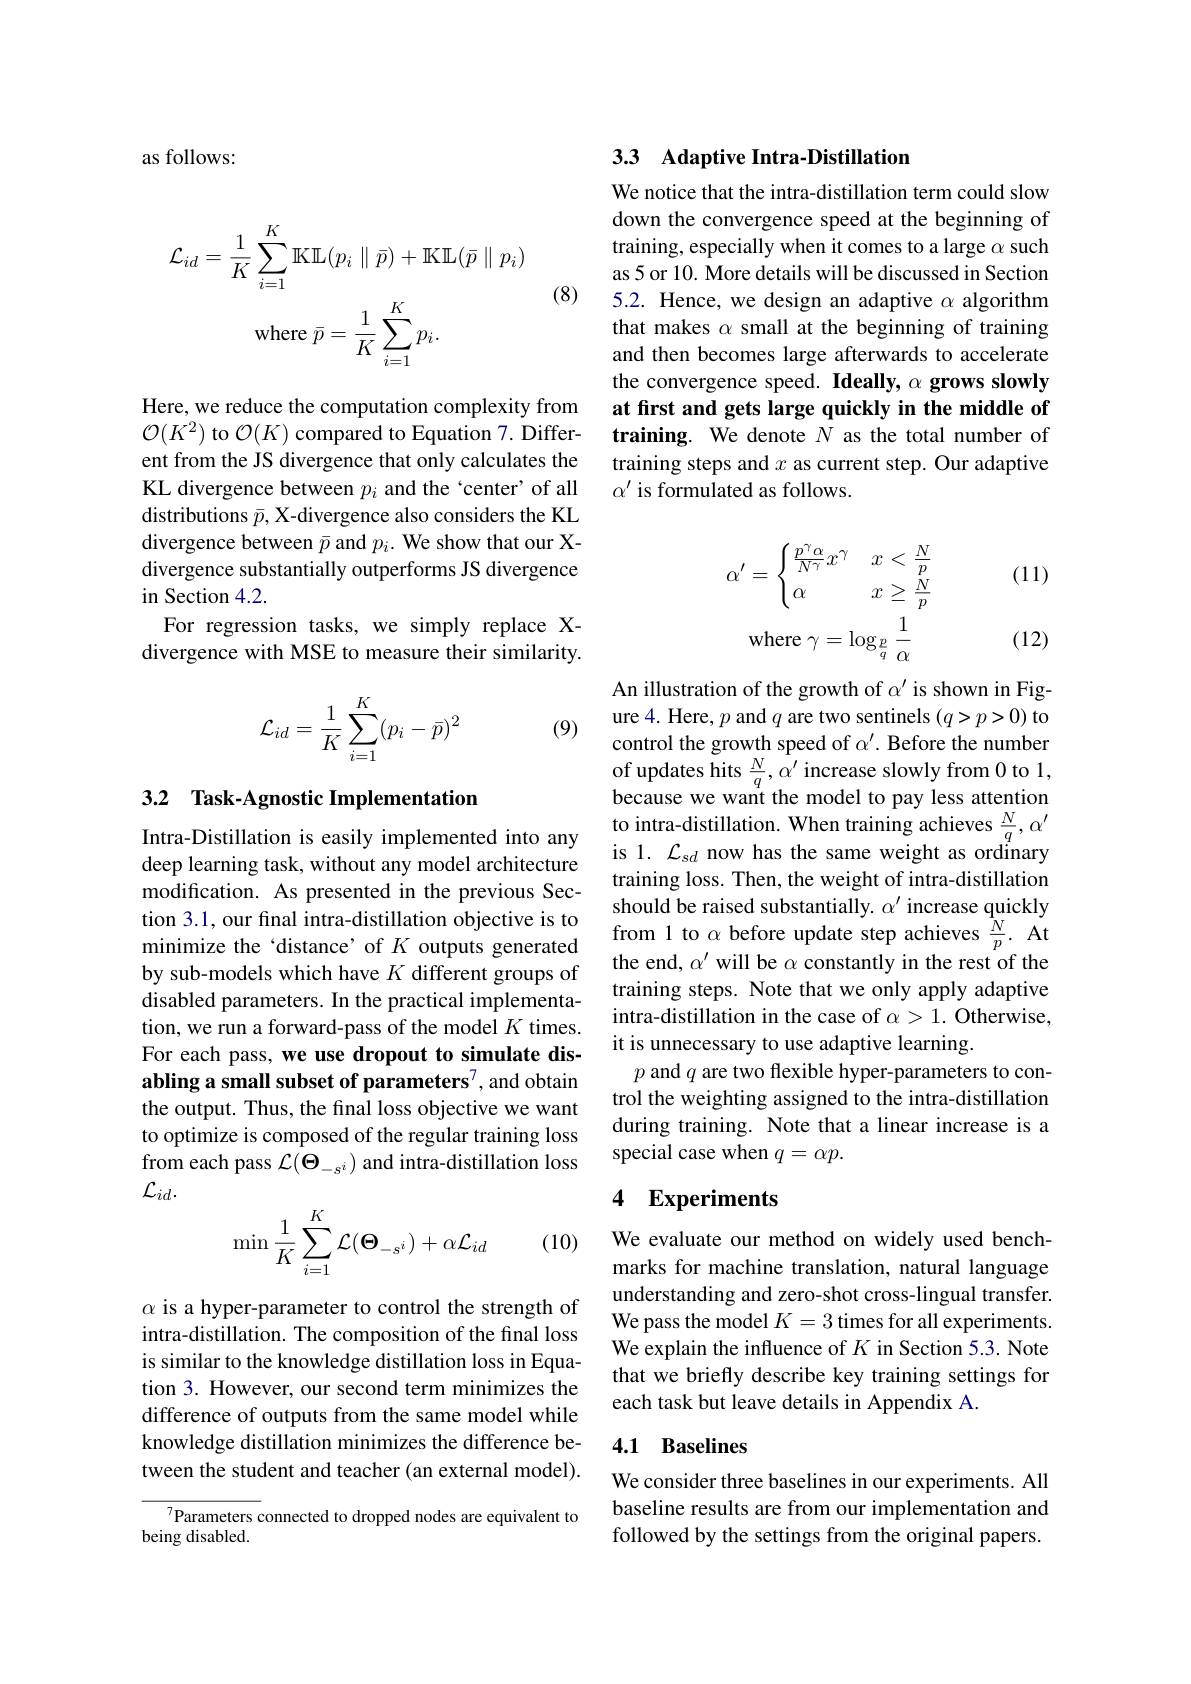
as follows:

(8)
$$\mathcal{L}_{id}=\frac{1}{K}\sum_{i=1}^{K}\mathbb{K}\mathbb{L}(p_{i}\parallel\bar{p})+\mathbb{K}\mathbb{L}(\bar{p}\parallel p_{i})\\\mathrm{where~}\bar{p}=\frac{1}{K}\sum_{i=1}^{K}p_{i}.$$
Here, we reduce the computation complexity from $\mathcal{O}(K^{2})$ to $\mathcal{O}(K)$ compared to Equation 7. Different from the JS divergence that only calculates the KL divergence between $p_i$ and the `center' of all distributions $\bar{p}$, X-divergence also considers the KL divergence between $\bar{p}$ and $p_i.$ We show that our Xdivergence substantially outperforms JS divergence in Section 4.2.
For regression tasks, we simply replace Xdivergence with MSE to measure their similarity.

(9)
$$\mathcal{L}_{id}=\dfrac{1}{K}\sum_{i=1}^{K}(p_i-\bar{p})^2$$
## 3.2 Task-Agnostic Implementation

Intra-Distillation is easily implemented into any deep learning task, without any model architecture modification. As presented in the previous Section 3.1, our fnal intra-distillation objective is to minimize the ‘distance’ of $K$ outputs generated by sub-models which have $K$ different groups of disabled parameters. In the practical implementation, we run a forward-pass of the model $K$ times. For each pass, we use dropout to simulate disabling a small subset of parameters$^{7}$, and obtain the output. Thus, the final loss objective we want to optimize is composed of the regular training loss from each pass $\mathcal{L}(\Theta_{-s^i})$ and intra-distillation loss $\mathcal{L}_{id}.$
$$\begin{aligned}\min\frac{1}{K}\sum_{i=1}^K\mathcal{L}(\Theta_{-s^i})+\alpha\mathcal{L}_{id}\end{aligned}$$
(10)

$\alpha$ is a hyper-parameter to control the strength of intra-distillation. The composition of the final loss is similar to the knowledge distillation loss in Equation 3. However, our second term minimizes the difference of outputs from the same model while knowledge distillation minimizes the difference between the student and teacher (an external model).

7Parameters connected to dropped nodes are equivalent to
being disabled.

## 3.3 Adaptive Intra-Distillation

We notice that the intra-distillation term could slow down the convergence speed at the beginning of training, especially when it comes to a large $\alpha$ such as 5 or 10. More details will be discussed in Section 5.2. Hence, we design an adaptive $\alpha$ algorithm that makes $\alpha$ small at the beginning of training and then becomes large afterwards to accelerate the convergence speed. Ideally, $\alpha \textbf{ grows slowly}$ at first and gets large quickly in the middle of training. We denote $N$ as the total number of training steps and $x$ as current step. Our adaptive $\alpha^{\prime}$ is formulated as follows.

(11)
$$\alpha'=\begin{cases}\frac{p^\gamma\alpha}{N^\gamma}x^\gamma&x<\frac{N}{p}\\\alpha&x\ge\frac{N}{p}\end{cases}\\\text{where}\gamma=\log_{\frac{p}{q}}\frac{1}{\alpha}$$
(12)

An illustration of the growth of $\alpha^{\prime}$ is shown in Figure 4. Here, $p$ and $q$ are two sentinels $(q>p>0)$ to control the growth speed of $\alpha^{\prime}.$ Before the number $\begin{array}{l}\mathrm{of~updates~hits~\frac{N}{q},~\alpha^{\prime}~increase~slowly~from~0~to~1,}\\\mathrm{because~we~want~the~model~to~pay~less~attention}\end{array}$ to intra-distillation. When training achieves $\frac{N}{q},\alpha^{\prime}$ is 1. $\mathcal{L}_{sd}$ now has the same weight as ordinary training loss. Then, the weight of intra-distillation should be raised substantially. $\alpha^{\prime}$ increase quickly from 1 to $\alpha$ before update step achieves $\frac Np.$ At the end, $\alpha^\prime$ will be $\alpha$ constantly in the rest of the training steps. Note that we only apply adaptive intra-distillation in the case of $\alpha>1.$ Otherwise, it is unnecessary to use adaptive learning.
$p$ and $q$ are two flexible hyper-parameters to control the weighting assigned to the intra-distillation during training. Note that a linear increase is a special case when $q=\alpha p.$

### 4 Experiments

We evaluate our method on widely used benchmarks for machine translation, natural language understanding and zero-shot cross-lingual transfer. We pass the model $K=3$ times for all experiments. We explain the influence of $K$ in Section 5.3. Note that we briefly describe key training settings for each task but leave details in Appendix A.

## 4.1 Baselines

We consider three baselines in our experiments. All baseline results are from our implementation and followed by the settings from the original papers.